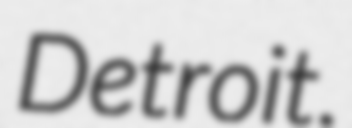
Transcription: Detroit.